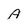
Character: A